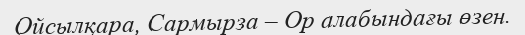
Ойсылқара, Сармырза – Ор алабындағы өзен.